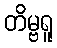
တိမ္ဗရူ